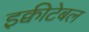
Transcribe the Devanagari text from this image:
इक्वीटेबल